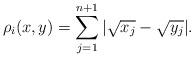
LaTeX: \begin{align*} \rho_i(x,y)=\sum_{j=1}^{n+1}|\sqrt{x_j}-\sqrt{y_j}|. \end{align*}